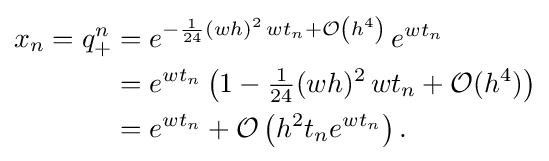
{\begin{aligned}x_{n}=q_{+}^{n}&=e^{-{\frac {1}{24}}(wh)^{2}\,wt_{n}+{\mathcal {O}}\left(h^{4}\right)}\,e^{wt_{n}}\\&=e^{wt_{n}}\left(1-{\tfrac {1}{24}}(wh)^{2}\,wt_{n}+{\mathcal {O}}(h^{4})\right)\\&=e^{wt_{n}}+{\mathcal {O}}\left(h^{2}t_{n}e^{wt_{n}}\right).\end{aligned}}